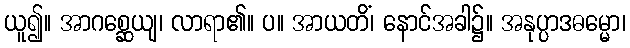
ယူ၍။ အာဂစ္ဆေယျ၊ လာရာ၏။ ပ။ အာယတိံ၊ နောင်အခါ၌။ အနုပ္ပာဒဓမ္မော၊